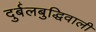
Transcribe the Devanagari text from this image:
दुर्बलबुद्धिवाली